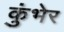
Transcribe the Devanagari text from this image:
कुंभेर